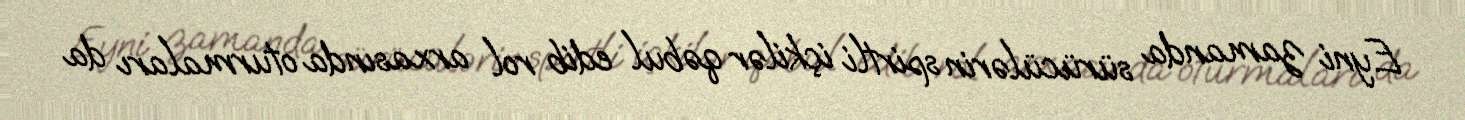
Eyni zamanda sürücülərin spirtli içkilər qəbul edib rol arxasında oturmaları da